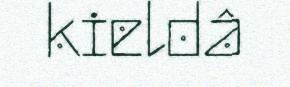
kieldâ